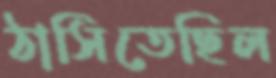
ঠাসিতেছিল